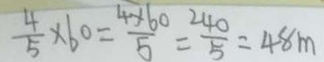
\frac { 4 } { 5 } \times 6 0 = \frac { 4 \times 6 0 } { 5 } = \frac { 2 4 0 } { 5 } = 4 8 m